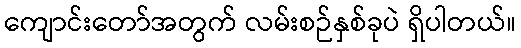
ကျောင်းတော်အတွက် လမ်းစဉ်နှစ်ခုပဲ ရှိပါတယ်။